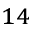
_ { 1 4 }